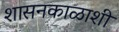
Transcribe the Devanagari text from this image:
शासनकाळाशी